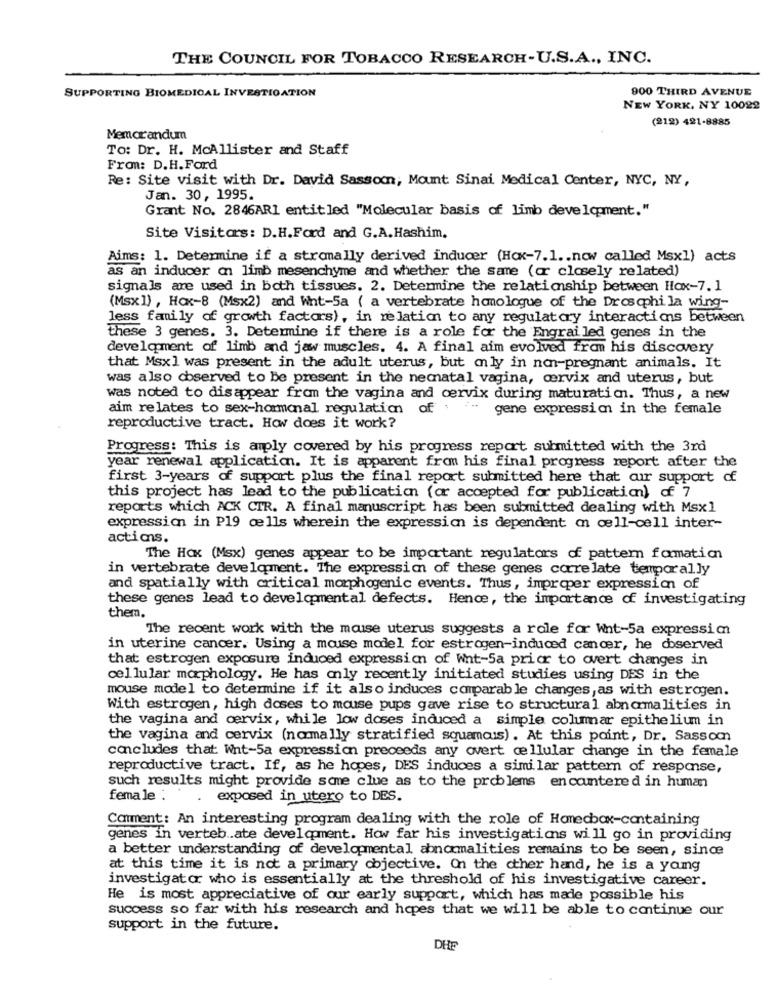
THE COUNCIL FOR TOBACCO RESEARCH-U.S.A ., INC.
SUPPORTING BIOMEDICAL INVESTIGATION
900 THIRD AVENUE
NEW YORK, NY 10022
(212) 421-8885
Memorandum
To: Dr. H. McAllister and Staff
From: D.H. Ford
Re: Site visit with Dr. David Sassom, Mount Sinai Medical Center, NYC, NY,
Jan. 30, 1995.
Grant No. 2846AR1 entitled "Molecular basis of limb development."
Site Visitors: D.H.Ford and G.A. Hashim.
Aims: 1. Determine if a stromally derived inducer (Hox-7.1 .. now called Msxl) acts
as an inducer an limb mesenchyme and whether the same (or closely related)
signals are used in both tissues. 2. Determine the relationship between Hox-7. 1
(Msx]) , Hox-8 (Msx2) and Wht-5a ( a vertebrate homologue of the Drosophila wing-
less family of growth factors), in relation to any regulatory interactions between
these 3 genes. 3. Determine if there is a role for the Engrailed genes in the
development of limb and jaw muscles. 4. A final aim evolved from his discovery
that Msx] was present in the adult uterus, but mly in non-pregnant animals. It
was also observed to be present in the nechatal vagina, cervix and uterus, but
was noted to disappear from the vagina and cervix during maturation. Thus, a new
aim relates to sex-hormonal regulation of . "-
gene expression in the female
reproductive tract. How does it work?
Progress: This is auply covered by his progress report submitted with the 3rd
year renewal application. It is apparent from his final progress report after the
first 3-years of support plus the final report submitted here that cuir support of
this project has lead to the publication (or accepted for publication) of 7
reports which ACK CTR. A final manuscript has been submitted dealing with Msxl
expression in P19 cells wherein the expression is dependent on cell-cell inter-
actims.
The Hox (Msx) genes appear to be important regulators of pattern formation
in vertebrate development. The expression of these genes correlate temporally
and spatially with critical morphogenic events. Thus, improper expression of
these genes lead to developmental defects. Hence, the importance of investigating
them.
The recent work with the mouse uterus suggests a role for Wht-5a expressim
in uterine cancer. Using a mouse model for estrogen-induced cancer, he coserved
that estrogen exposure induced expression of Wnt-5a prior to overt changes in
cellular morphology. He has only recently initiated studies using DES in the
mouse model to determine if it also induces comparable changes, as with estrogen.
With estrogen, high doses to mouse pups gave rise to structural abnormalities in
the vagina and cervix, while low doses induced a simple columnar epithelium in
the vagina and cervix (normally stratified squamous). At this point, Dr. Sassom
concludes that Wht-5a expression preceeds any overt cellular change in the female
reproductive tract. If, as he hopes, DES induces a similar pattern of respose,
such results might provide some clue as to the problems encantered in human
female :
exposed in utero to DES.
Comment: An interesting program dealing with the role of Homecbox-containing
genes in verteb .. ate development. How far his investigations will go in providing
a better understanding of developmental abnormalities remains to be seen, since
at this time it is not a primary objective. On the other hand, he is a yang
investigator who is essentially at the threshold of his investigative career.
He is most appreciative of our early support, which has made possible his
success so far with his research and hopes that we will be able to continue our
support in the future.
DHE